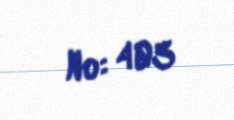
№: 403